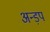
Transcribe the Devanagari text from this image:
अन्ड़प